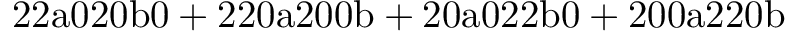
\mathrm { 2 2 a 0 2 0 b 0 + 2 2 0 a 2 0 0 b + 2 0 a 0 2 2 b 0 + 2 0 0 a 2 2 0 b }